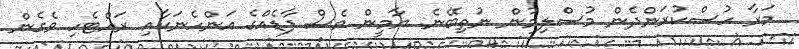
މަރާ ހުސްކުރަންދެން މުސްލިމުން ނުތިބޭނެ. ޔާމީން ވެސް ފާޑެއްގެ އަންހެނަކާއި ރައްޓެހި ވެގެން